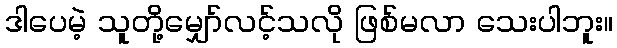
ဒါပေမဲ့ သူတို့မျှော်လင့်သလို ဖြစ်မလာ သေးပါဘူး။